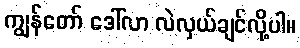
ကျွန်တော် ဒေါ်လာ လဲလှယ်ချင်လို့ပါ။